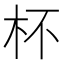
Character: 杯